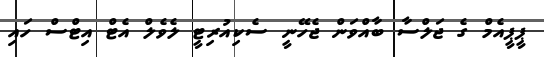
ޕީޕީއެމް ގެ ޖަލްސާ ބާއްވަން ޖެހޭނީ ސެކިއުރިޓީ ލެވެލް އެޓް އިޓްސް ހައި